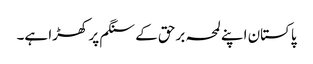
پاکستان اپنے لمحہ برحق کے سنگم پر کھڑا ہے۔